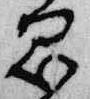
思